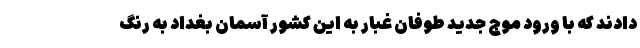
دادند که با ورود موج جدید طوفان غبار به این کشور آسمان بغداد به رنگ